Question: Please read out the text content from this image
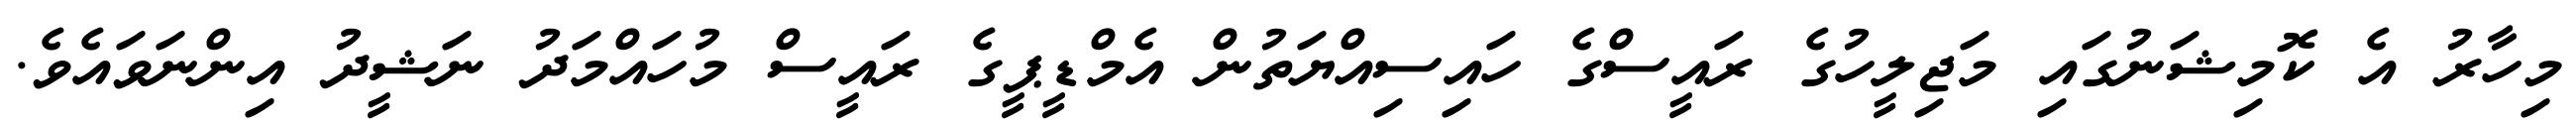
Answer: މިހާރު އެ ކޮމިޝަނުގައި މަޖިލީހުގެ ރައީސްގެ ހައިސިއްޔަތުން އެމްޑީޕީގެ ރައީސް މުހައްމަދު ނަޝީދު އިންނަވައެވެ.